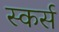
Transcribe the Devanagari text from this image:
स्कर्स